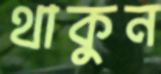
থাকুন